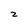
Character: 2